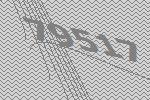
79517